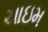
ચાઇમ